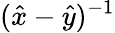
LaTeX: (\hat{x}-\hat{y})^{-1}